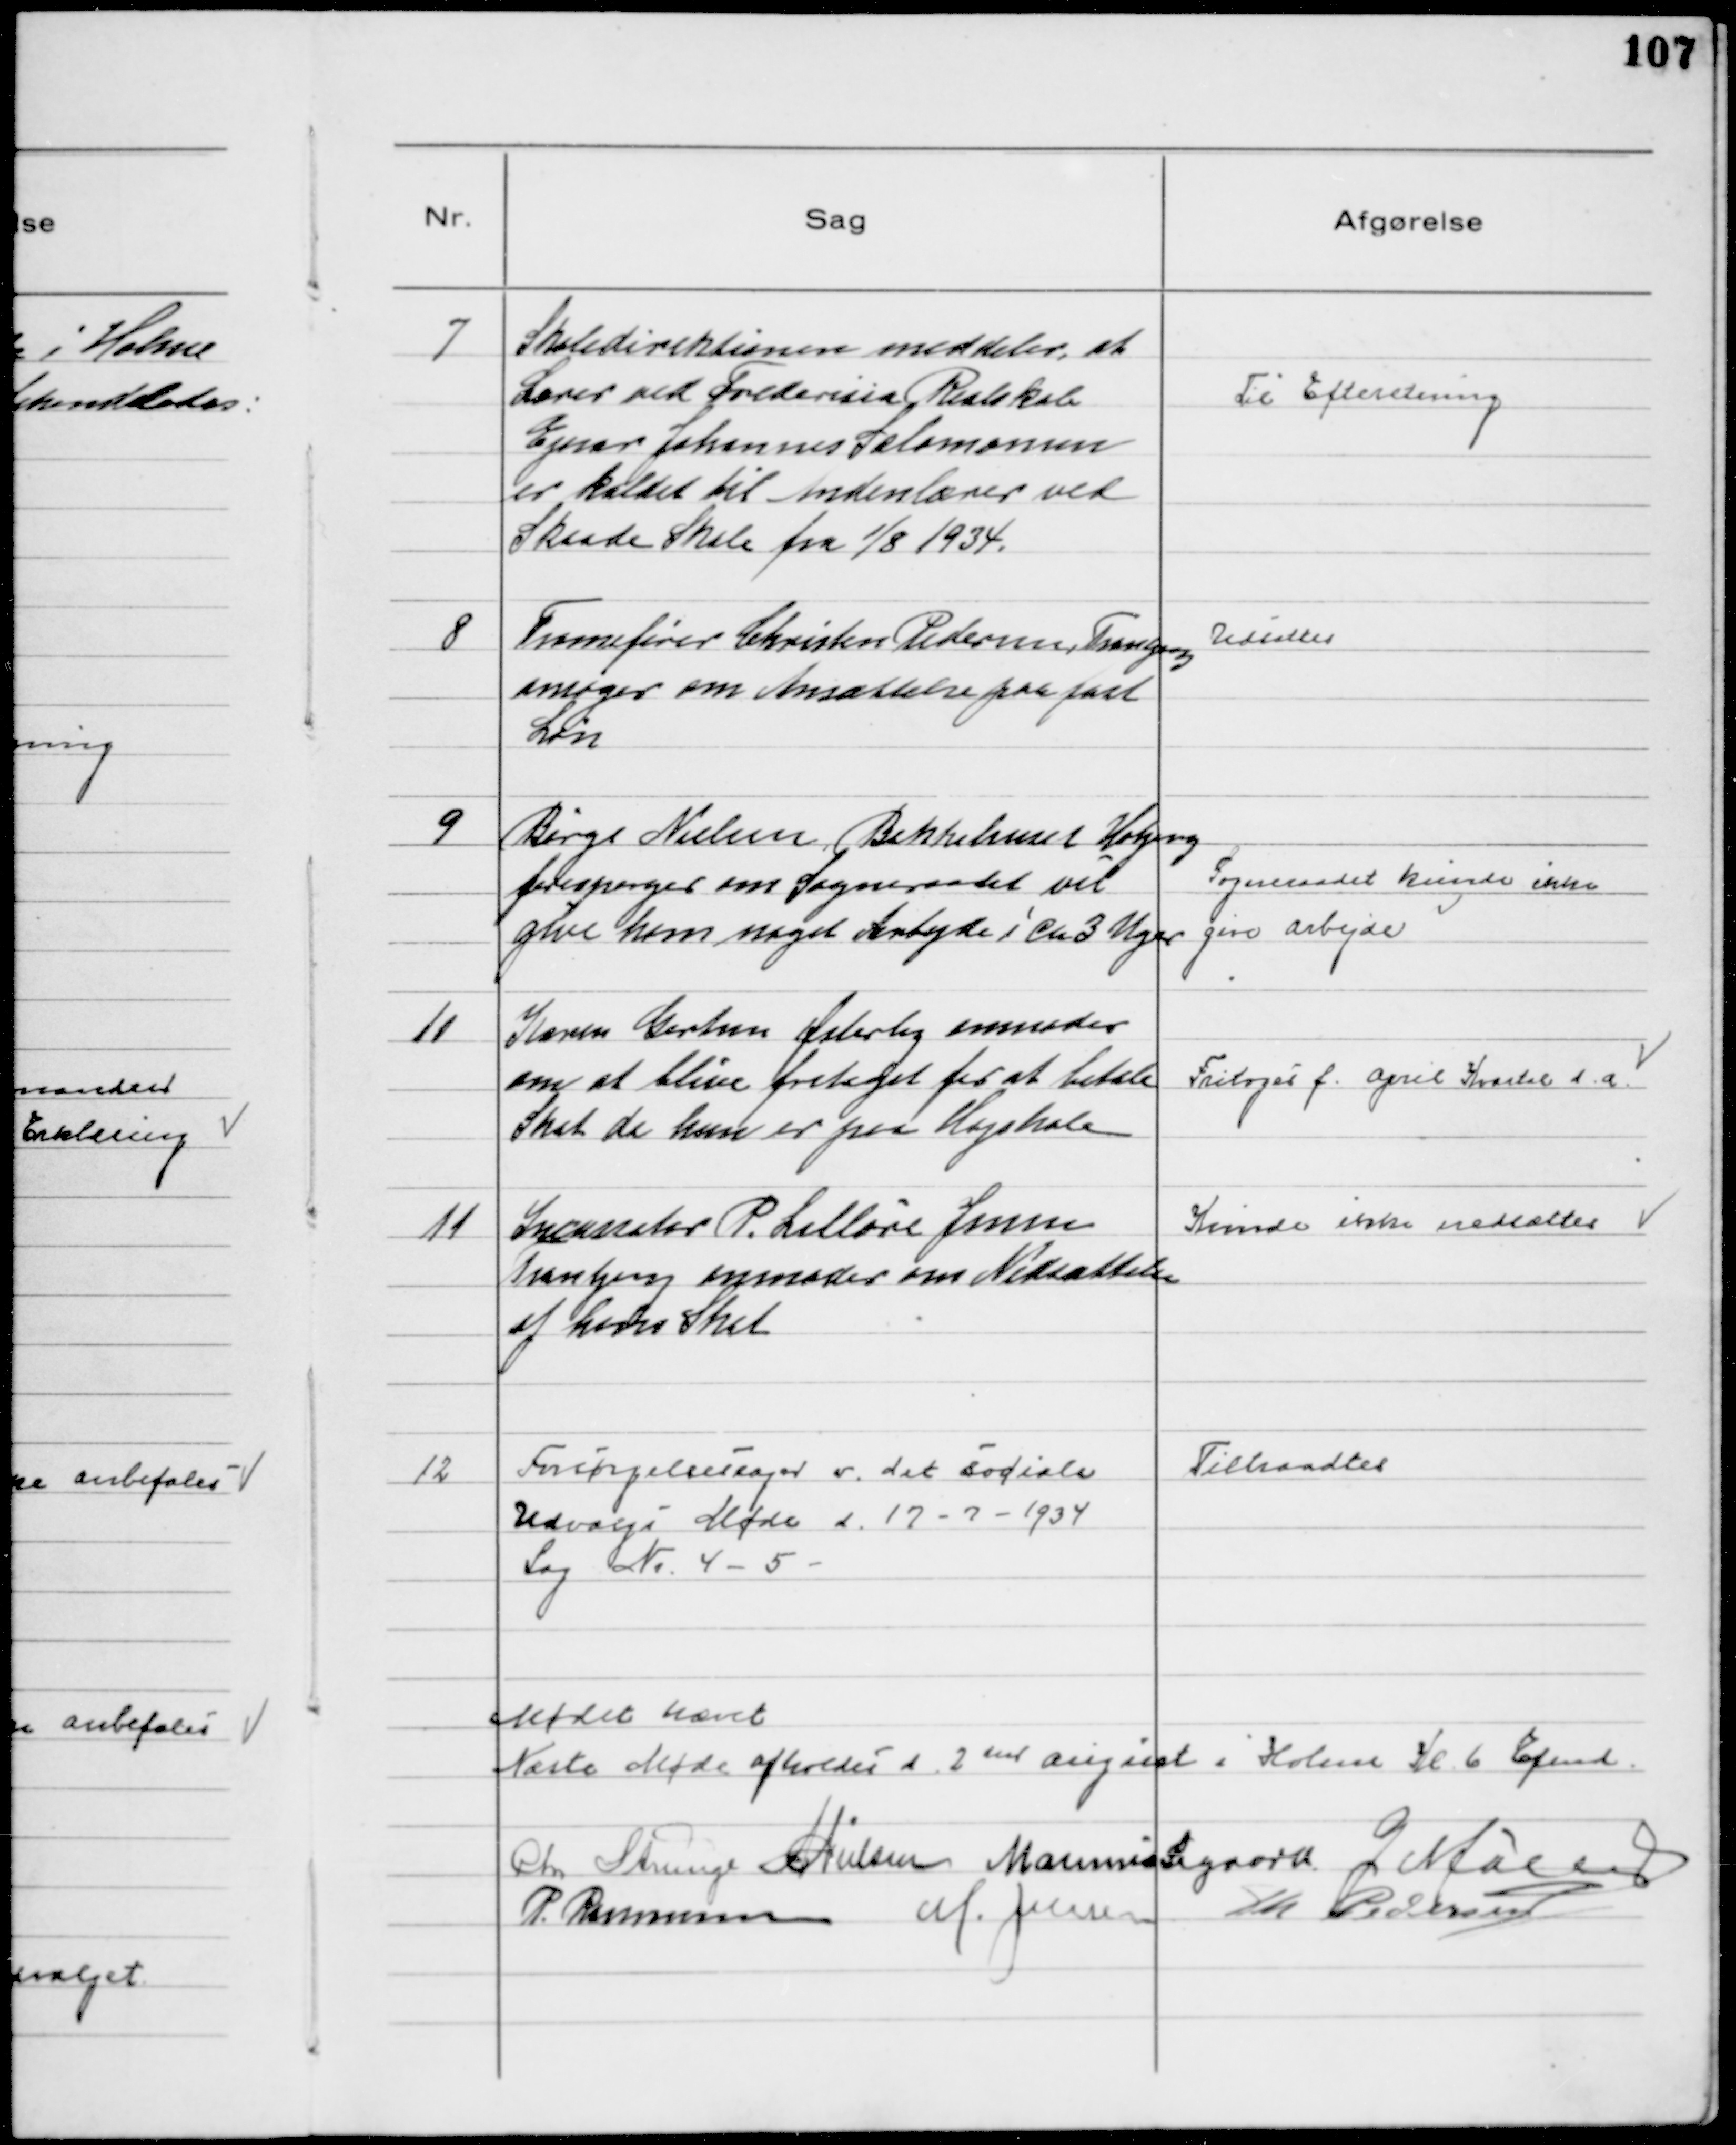
Transskription:
7
Skoledirektionen meddeler, at
Lærer ved Frederisia Realskole
Ejnar Johannes Salomonsen
er kaldet til Andenlærer ved
Skaade Skole fra 1/8 1934.

Til Efteretning

8
Tromsfører Christen Pedersen, Tranbjerg
ansøger om Ansættelse paa fast
Løn

Udsattes

9
Børge Nielsen, Bakkehuset Højbjerg
forespørger om Sogneraadet vil
give ham noget Arbejde i ca 3 Uger
Sogneraadet kunde ikke
give arbejde

10
Karen Gertsen Østerby anmoder
om at blive fritaget for at betale
Skat da hun er paa Højskole

Fritages f. April Kvartal d. a.

11
Incassator P. Lilløre Jensen
Tranbjerg anmoder om Nedsættelse
af hans Skat
Kunde ikke nedsættes

12
Forsørgelsessager v. det sociale
Udvalgs Møde d. 17-7-1934
Sag № 4 - 5

Tiltraadtes

Mødet hævet
Næste Møde afholdes d. 2 den August i Holme Kl. 6 Eftmd.
Chr Strunge N Nielsen Marinus Sigaard G Møller
P. Rasmussen M. Jensen Th Pedersen